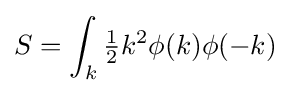
S=\int _{k}{\tfrac {1}{2}}k^{2}\phi (k)\phi (-k)